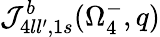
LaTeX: {\cal J}_{4ll^{\prime},1s}^{b}(\Omega_{4}^{-},q)